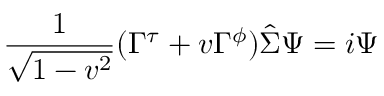
{ \frac { 1 } { \sqrt { 1 - v ^ { 2 } } } } ( \Gamma ^ { \tau } + v \Gamma ^ { \phi } ) \hat { \Sigma } \Psi = i \Psi